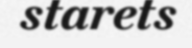
starets